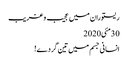
ریستوران میں عجیب و غریب
30مئی2020
انسانی جسم میں تین گردے!